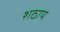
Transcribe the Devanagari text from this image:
शठाय